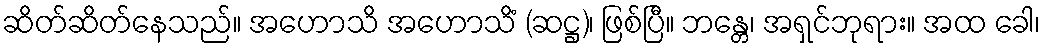
ဆိတ်ဆိတ်နေသည်။ အဟောသိ အဟောသိံ (ဆဋ္ဌ)၊ ဖြစ်ပြီ။ ဘန္တေ၊ အရှင်ဘုရား။ အထ ခေါ၊